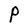
Character: P